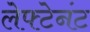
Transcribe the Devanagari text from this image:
लेफ्टेनंट